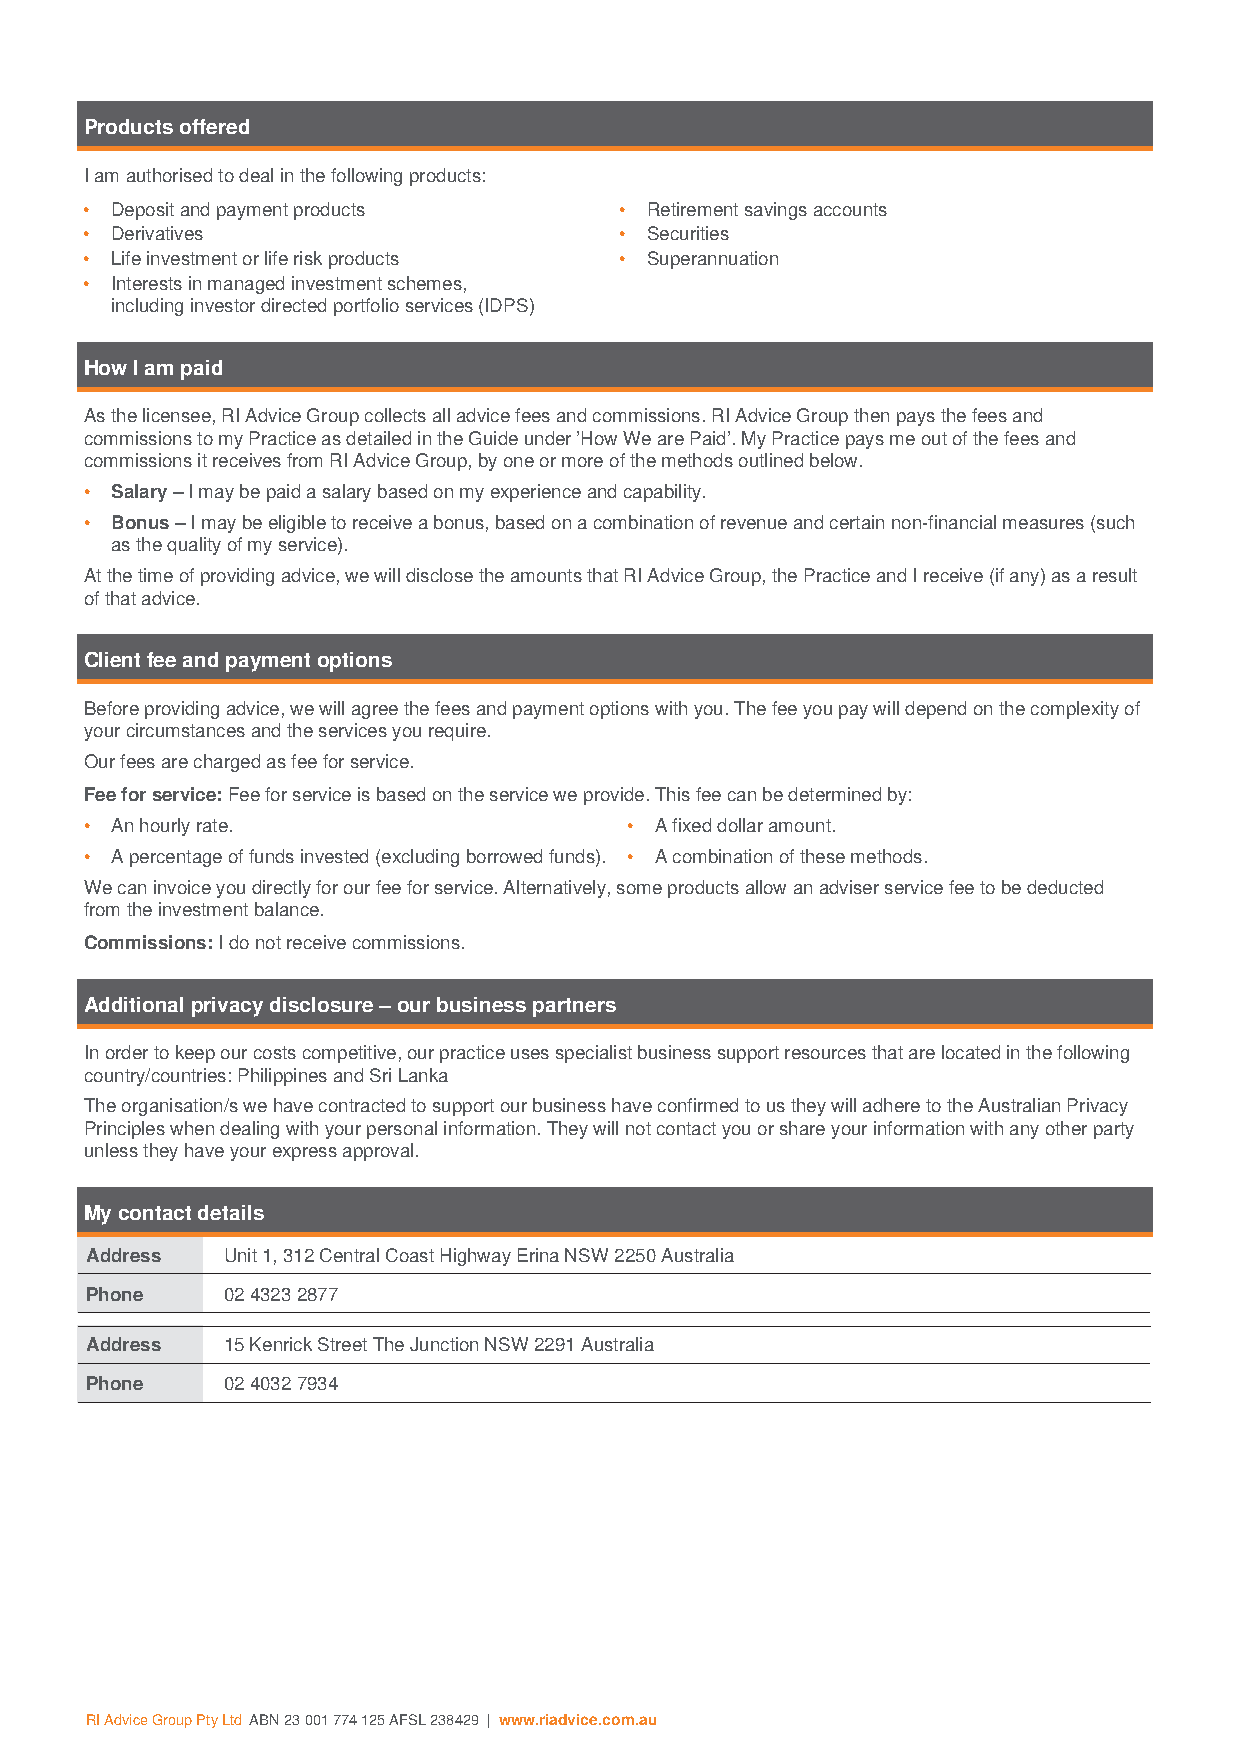
Products offered
 I am authorised to deal in the following products:
 • Deposit and payment products     • Retirement savings accounts
 • Derivatives                      • Securities
 • Life investment or life risk products • Superannuation
 • Interests in managed investment schemes,
 including investor directed portfolio services (IDPS)
 How I am paid
 As the licensee, RI Advice Group collects all advice fees and commissions. RI Advice Group then pays the fees and
 commissions to my Practice as detailed in the Guide under ’How We are Paid’. My Practice pays me out of the fees and
 commissions it receives from RI Advice Group, by one or more of the methods outlined below.
 • Salary – I may be paid a salary based on my experience and capability.
 • Bonus – I may be eligible to receive a bonus, based on a combination of revenue and certain non-financial measures (such
 as the quality of my service).
 At the time of providing advice, we will disclose the amounts that RI Advice Group, the Practice and I receive (if any) as a result
 of that advice.
 Client fee and payment options
 Before providing advice, we will agree the fees and payment options with you. The fee you pay will depend on the complexity of
 your circumstances and the services you require.
 Our fees are charged as fee for service.
 Fee for service: Fee for service is based on the service we provide. This fee can be determined by:
 • An hourly rate.                   • A fixed dollar amount.
 • A percentage of funds invested (excluding borrowed funds). • A combination of these methods.
 We can invoice you directly for our fee for service. Alternatively, some products allow an adviser service fee to be deducted
 from the investment balance.
 Commissions: I do not receive commissions.
 Additional privacy disclosure – our business partners
 In order to keep our costs competitive, our practice uses specialist business support resources that are located in the following
 country/countries: Philippines and Sri Lanka
 The organisation/s we have contracted to support our business have confirmed to us they will adhere to the Australian Privacy
 Principles when dealing with your personal information. They will not contact you or share your information with any other party
 unless they have your express approval.
 My contact details
 Address  Unit 1, 312 Central Coast Highway Erina NSW 2250 Australia
 Phone    02 4323 2877
 Address  15 Kenrick Street The Junction NSW 2291 Australia
 Phone    02 4032 7934
 RI Advice Group Pty Ltd ABN 23 001 774 125 AFSL 238429 | www.riadvice.com.au